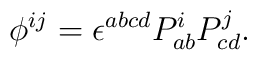
\phi ^{ij}=\epsilon ^{abcd}P_{ab}^{i}P_{cd}^{j}.